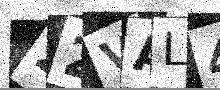
Text: 22VAL4